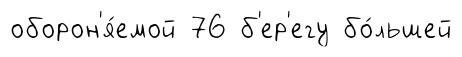
оборон'я́емой 76 б'ер'егу бо́льшей